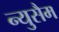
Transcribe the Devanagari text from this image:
न्युसैम